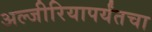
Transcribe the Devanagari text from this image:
अल्जीरियापर्यंतचा